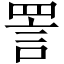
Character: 詈